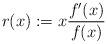
LaTeX: \begin{align*} r(x):= x\frac{f'(x)}{f(x)} \end{align*}